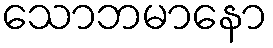
သောဘမာနော